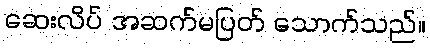
ဆေးလိပ် အဆက်မပြတ် သောက်သည်။